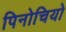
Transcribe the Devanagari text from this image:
पिनोचियो